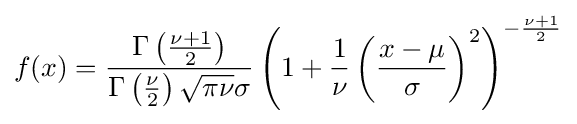
f(x)={\frac {\Gamma \left({\frac {\nu +1}{2}}\right)}{\Gamma \left({\frac {\nu }{2}}\right){\sqrt {\pi \nu }}\sigma }}\left(1+{\frac {1}{\nu }}\left({\frac {x-\mu }{\sigma }}\right)^{2}\right)^{-{\frac {\nu +1}{2}}}